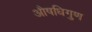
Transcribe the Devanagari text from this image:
औषधिगुण